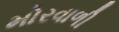
મોરવાળી